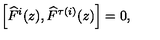
\left[ \widehat { F } ^ { i } ( z ) , \widehat { F } ^ { \tau ( i ) } ( z ) \right] = 0 ,